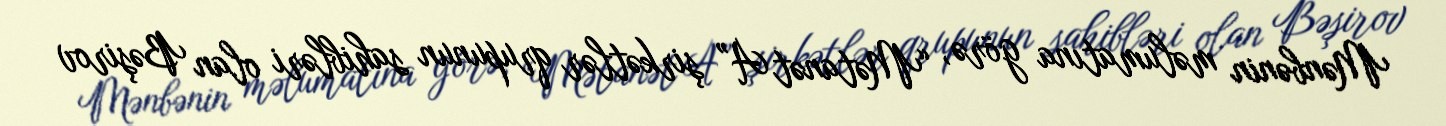
Mənbənin məlumatına görə, “Mətanət A” şirkətlər qrupunun sahibləri olan Bəşirov